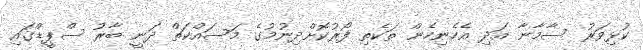
ކުޅިވަރު ސާމާނާ އަދި އެހެނިހެން ތަކެތި ފޯރުކޮށްދިނުމުގެ މަސައްކަތް ދަނީ ބާރު ސްޕީޑްގައި